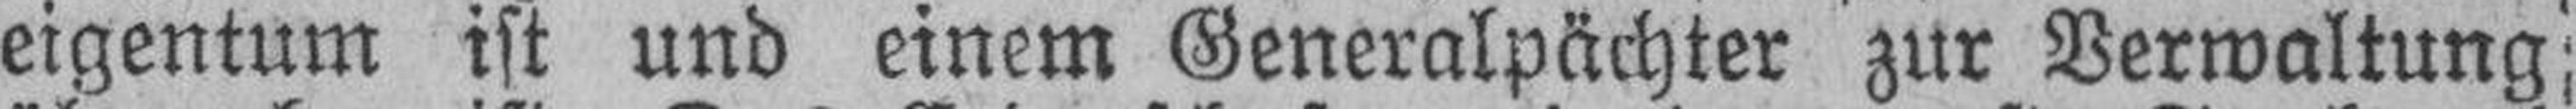
eigentum ist und einem Generalpächter zur Verwaltung